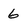
Character: 6